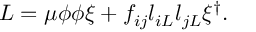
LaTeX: { \cal L } = \mu \phi \phi \xi + f _ { i j } l _ { i L } l _ { j L } \xi ^ { \dagger } .